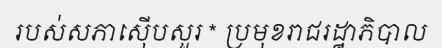
របស់សភាស៊ើបសួរ * ប្រមុខរាជរដ្ឋាភិបាល